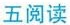
五阅读